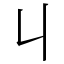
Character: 丩